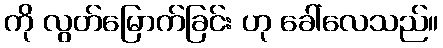
ကို လွတ်မြောက်ခြင်း ဟု ခေါ်လေသည်။